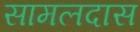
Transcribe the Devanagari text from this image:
सामलदास